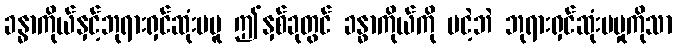
ခန္ဓာကိုယ်နှင့်ဘုရားရှင်ဆုံးမမူ ဤနှစ်ခုတွင် ခန္ဓာကိုယ်ကို မငဲ့ဘဲ ဘုရားရှင်ဆုံးမမှုကိုသာ